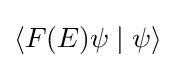
\langle F(E)\psi \mid \psi \rangle